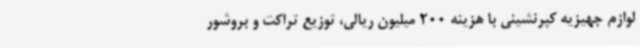
لوازم جهیزیه کپرنشینی با هزینه 200 میلیون ریالی، توزیع تراکت و بروشور